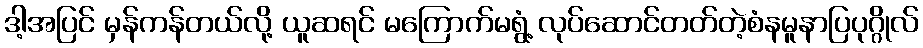
ဒါ့အပြင် မှန်ကန်တယ်လို့ ယူဆရင် မကြောက်မရွံ့ လုပ်ဆောင်တတ်တဲ့စံနမူနာပြပုဂ္ဂိုလ်